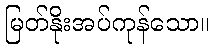
မြတ်နိုးအပ်ကုန်သော။